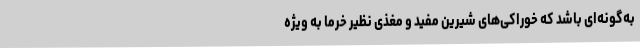
به‌گونه‌ای باشد که خوراکی‌های شیرین مفید و مغذی نظیر خرما به ویژه